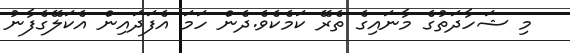
މި ޝަހާދަތުގެ މާނައިގެ ތެރޭ ކަމެކެވެ.ދެން ހަމަ އެފަދައިން އެކަލޭގެފާނު